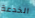
الخدعة